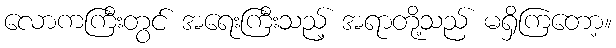
လောကကြီးတွင် အရေးကြီးသည့် အရာတို့သည် မရှိကြတော့။